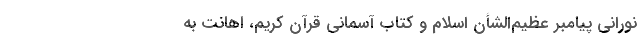
نورانیِ پیامبر عظیم‌الشأن اسلام و کتاب آسمانیِ قرآن کریم، اهانت به